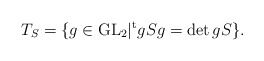
\begin{align*} T_S = \{ g\in {\rm GL}_2 | {}^{\rm t}gSg = \det g S \}. \end{align*}